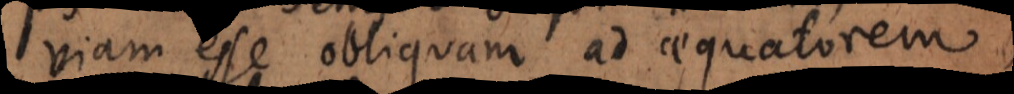
viam esse obliquam ad aequatorem,